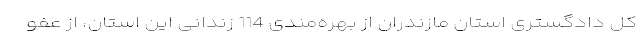
کل دادگستری استان مازندران از بهره‌مندی 114 زندانی این استان، از عفو